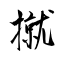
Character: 㩆